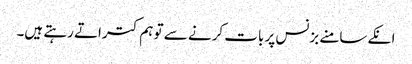
انکے سامنے بزنس پر بات کرنے سے تو ہم کتراتے رہتے ہیں۔